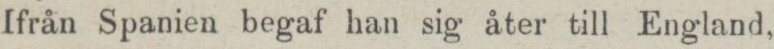
Ifrån Spanien begaf han sig åter till England,